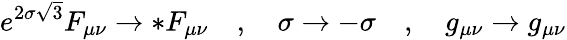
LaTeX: e^{2\sigma\sqrt{3}}F_{\mu\nu}\rightarrow*F_{\mu\nu}\quad,\quad\sigma\rightarrow-\sigma\quad,\quad g_{\mu\nu}\rightarrow g_{\mu\nu}